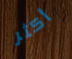
أكثر